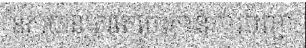
នគរបានត្រូវតែចេះកាន់ការបញ្ជា